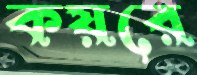
কয়রে